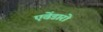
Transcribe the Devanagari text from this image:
एवेंडारो